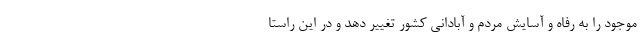
موجود را به رفاه و آسایش مردم و آبادانی کشور تغییر دهد و در این راستا